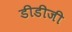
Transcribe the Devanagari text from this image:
डीडीजी